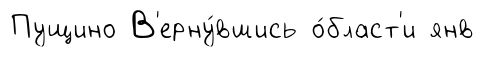
Пущино В'ерну́вшись о́бласт'и янв